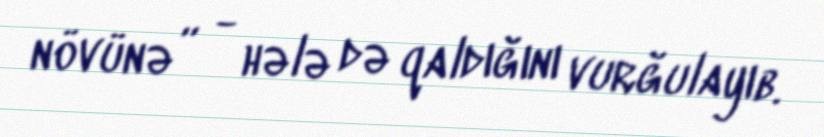
növünə” - hələ də qaldığını vurğulayıb.